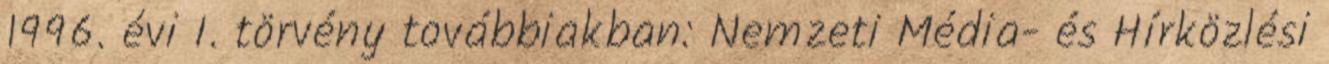
1996. évi I. törvény továbbiakban: Nemzeti Média- és Hírközlési